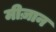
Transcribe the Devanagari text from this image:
मीज़ान